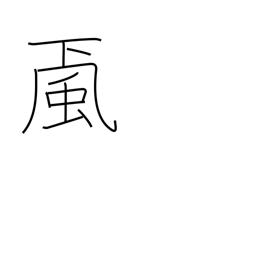
Meaning: wind from mountains